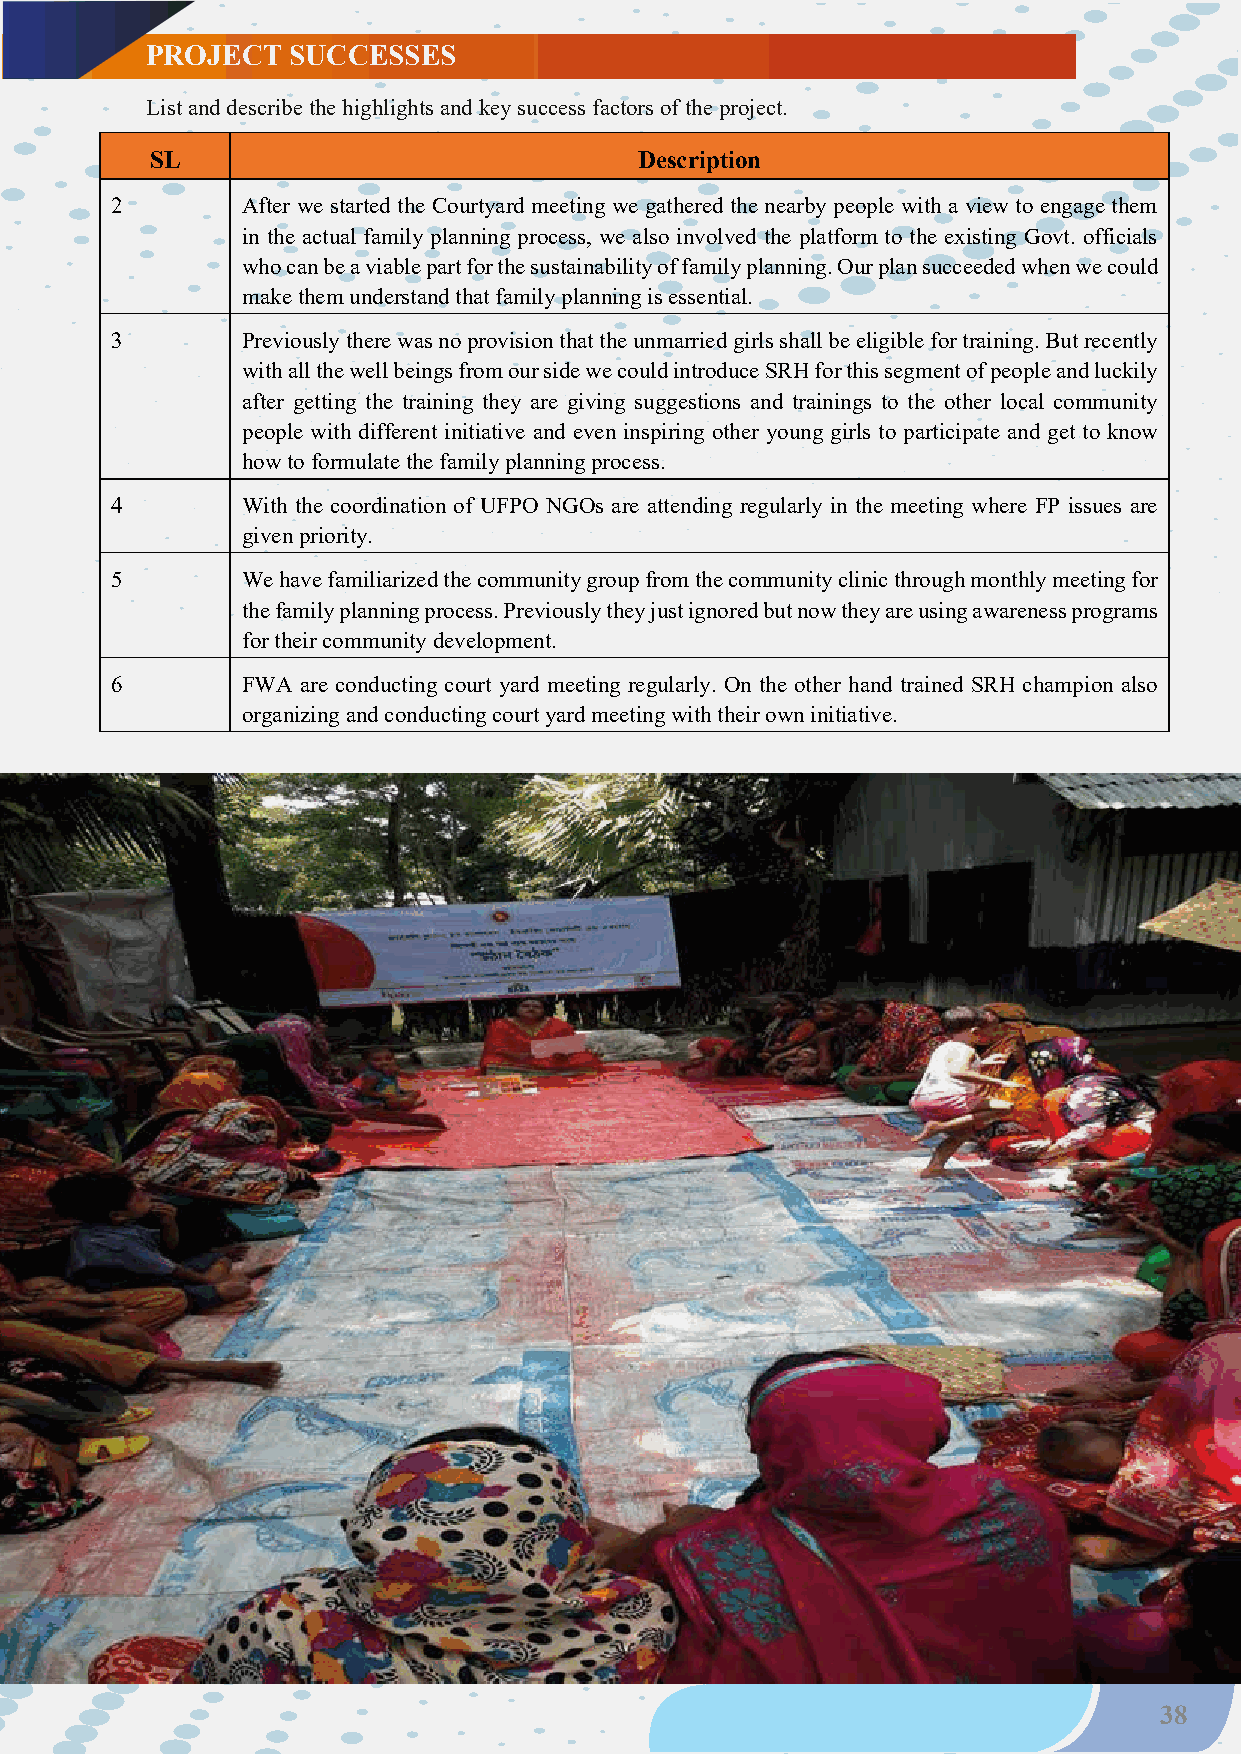
PROJECT  SUCCESSES
 List and describe the highlights and key success factors of the project.
 SL                              Description
 2        After we started the Courtyard meeting we gathered the nearby people with a view to engage them
 in the actual family planning process, we also involved the platform to the existing Govt. officials
 who can be a viable part for the sustainability of family planning. Our plan succeeded when we could
 make them understand that family planning is essential.
 3        Previously there was no provision that the unmarried girls shall be eligible for training. But recently
 with all the well beings from our side we could introduce SRH for this segment of people and luckily
 after getting the training they are giving suggestions and trainings to the other local community
 people with different initiative and even inspiring other young girls to participate and get to know
 how to formulate the family planning process.
 4        With the coordination of UFPO NGOs are attending regularly in the meeting where FP issues are
 given priority.
 5        We have familiarized the community group from the community clinic through monthly meeting for
 the family planning process. Previously they just ignored but now they are using awareness programs
 for their community development.
 6        FWA are conducting court yard meeting regularly. On the other hand trained SRH champion also
 organizing and conducting court yard meeting with their own initiative.
 38